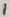
Text: 1